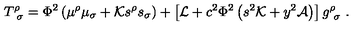
T _ { \ \sigma } ^ { \rho } = \Phi ^ { 2 } \left( \mu ^ { \rho } \mu _ { \sigma } + { \cal K } s ^ { \rho } s _ { \sigma } \right) + \left[ { \cal L } + c ^ { 2 } \Phi ^ { 2 } \left( s ^ { 2 } { \cal K } + y ^ { 2 } { \cal A } \right) \right] g _ { \ \sigma } ^ { \rho } \ .